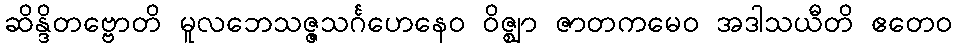
ဆိန္ဒိတဗ္ဗောတိ မူလဘေသဇ္ဇသင်္ဂဟေနေဝ ဝိဇ္ဈာ ဇာတကမေဝ အဒါသယီတိ ဧတေဝ